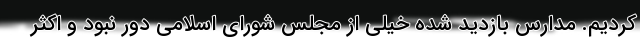
کردیم. مدارس بازدید شده خیلی از مجلس شورای اسلامی دور نبود و اکثر